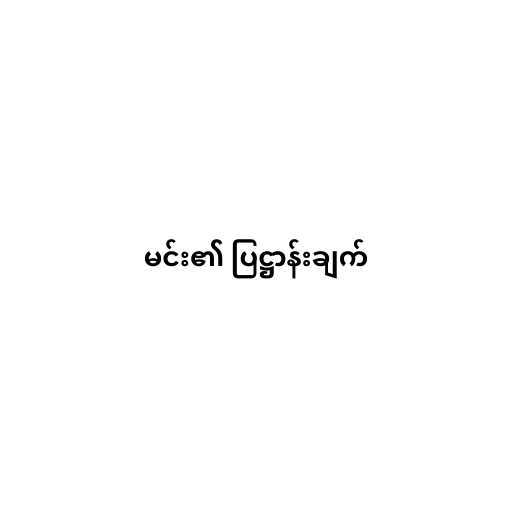
မင်း၏ ပြဋ္ဌာန်းချက်